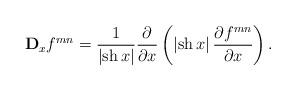
LaTeX: \begin{align*}{\mathbf D}_{x}f^{mn}=\frac{1}{\left|{\rm sh} \, x\right|}\frac{\partial}{\partial x}\left(\left|{\rm sh} \, x\right|\frac{\partial f^{mn}}{\partial x}\right). \end{align*}